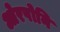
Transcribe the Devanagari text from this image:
ओरपोनि